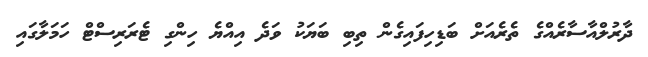
ދާރުލްއާސާރެއްގެ ތެރެއަށް ބަޑިހިފައިގެން ތިބި ބަޔަކު ވަދެ އިއްޔެ ހިންގި ޓެރަރިސްޓް ހަމަލާގައި